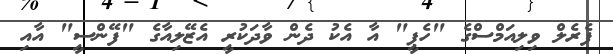
ފެރެލް ވިލިއަމްސްގެ "ހެޕީ" އާ އެކު ދެން ވާދަކުރީ އެޒޭލިއާގެ "ފޭންސީ" އާއި